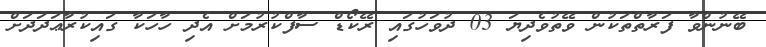
ބޭނުންވާ ފަރާތްތަކުން ވޭތުވެދިޔަ 03 ދުވަހުގައި ރޭކޯޑް ސާފްކުރުމަށް އެދި ހާހަކާ ގައިކުރާޢަދަދަށް